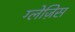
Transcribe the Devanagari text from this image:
ग्लेज़िस